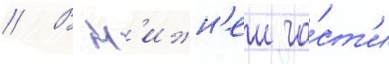
// В н'ижн'еи ча́ст'и